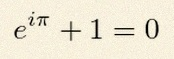
e^{i\pi}+1=0